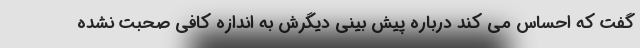
گفت که احساس می کند درباره پیش بینی دیگرش به اندازه کافی صحبت نشده